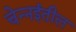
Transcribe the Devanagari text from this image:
चेन्‍नईतील